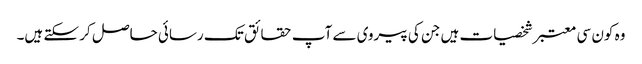
وہ کون سی معتبر شخصیات ہیں جن کی پیروی سے آپ حقائق تک رسائی حاصل کر سکتے ہیں۔